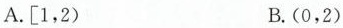
A.[1，2) B.(0，2)